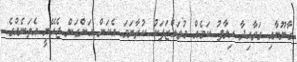
ގާނޫނާއި ގަވާއިދާ ހިލާފު ކަމެއް މުވައްޒަފަކު ކުރާނަމަ އެކަން އަންގަން ޖެހޭނީ އެތަނެއްގެ